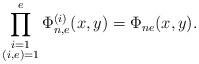
LaTeX: \begin{align*} \prod^e_{\substack{i=1 \\ (i,e)=1}}\Phi_{n,e}^{(i)}(x,y)=\Phi_{ne}(x,y).\end{align*}